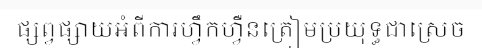
ផ្សព្វផ្សាយអំពីការហ្វឹកហ្វឺនត្រៀមប្រយុទ្ធជាស្រេច